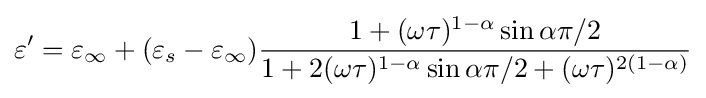
\varepsilon '=\varepsilon _{\infty }+(\varepsilon _{s}-\varepsilon _{\infty }){\frac {1+(\omega \tau )^{1-\alpha }\sin \alpha \pi /2}{1+2(\omega \tau )^{1-\alpha }\sin \alpha \pi /2+(\omega \tau )^{2(1-\alpha )}}}